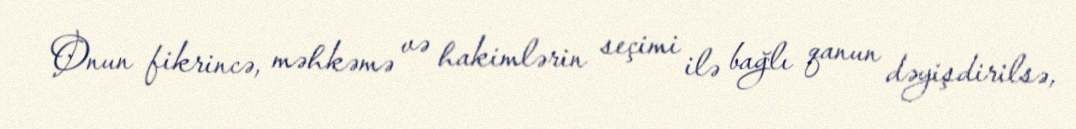
Onun fikrincə, məhkəmə və hakimlərin seçimi ilə bağlı qanun dəyişdirilsə,